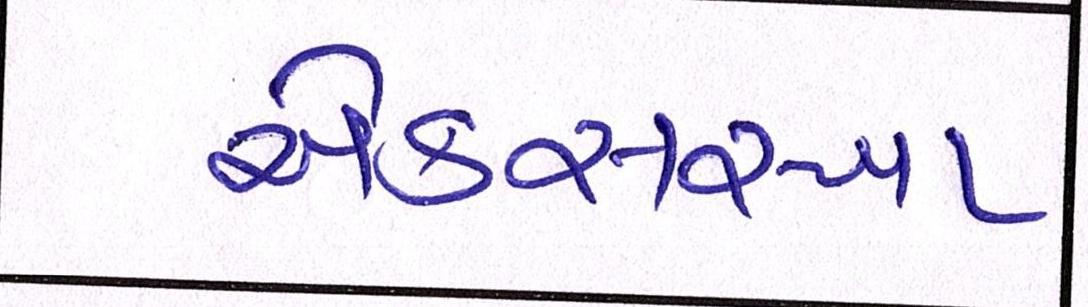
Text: એકસરખા